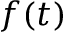
f ( t )